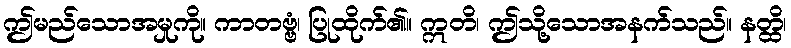
ဤမည်သောအမှုကို။ ကာတဗ္ဗံ၊ ပြုထိုက်၏။ ဣတိ၊ ဤသို့သောအနက်သည်။ နတ္ထိ၊